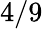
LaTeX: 4/9